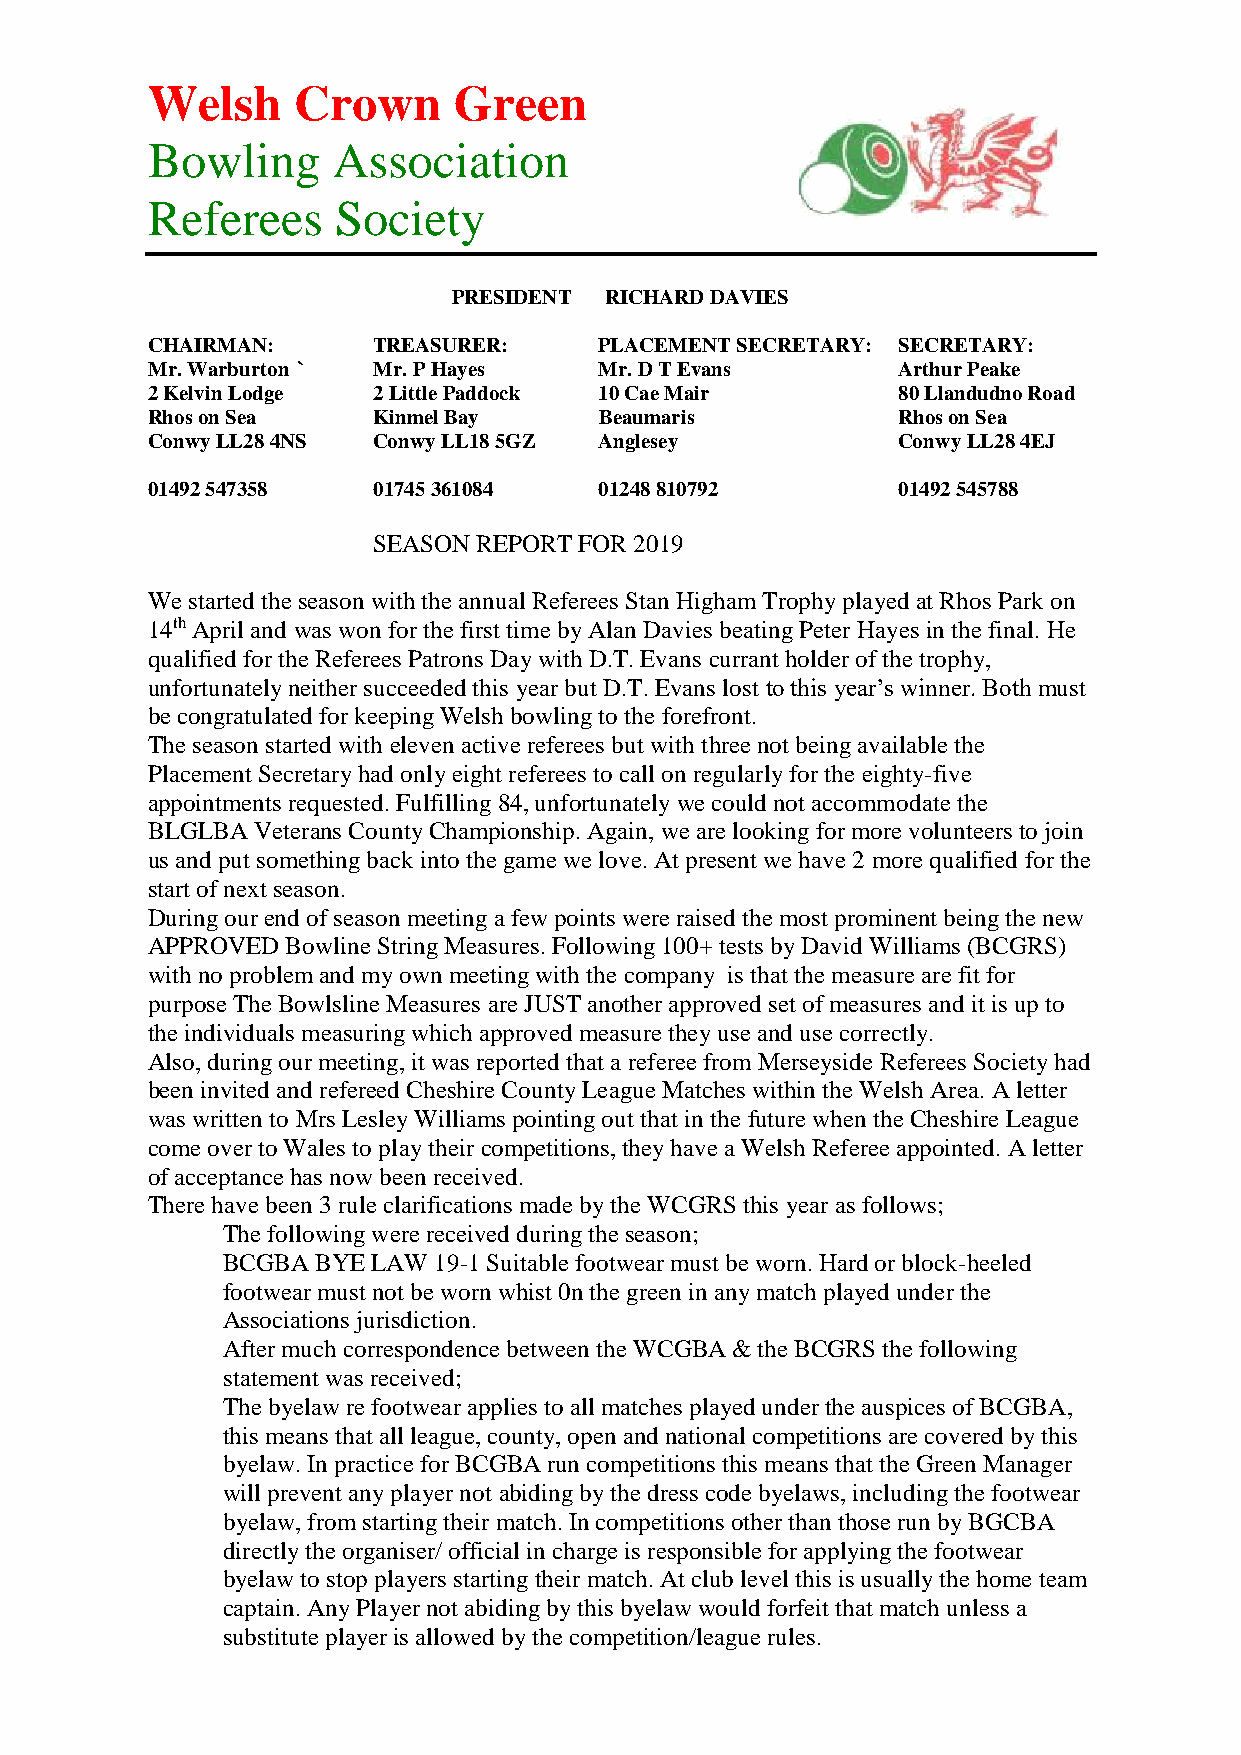
Welsh    Crown      Green
 Bowling     Association
 Referees    Society
 PRESIDENT RICHARD DAVIES
 CHAIRMAN:      TREASURER:     PLACEMENT SECRETARY: SECRETARY:
 Mr. Warburton ` Mr. P Hayes   Mr. D T Evans      Arthur Peake
 2 Kelvin Lodge 2 Little Paddock 10 Cae Mair      80 Llandudno Road
 Rhos on Sea    Kinmel Bay     Beaumaris          Rhos on Sea
 Conwy LL28 4NS Conwy LL18 5GZ Anglesey           Conwy LL28 4EJ
 01492 547358   01745 361084   01248 810792       01492 545788
 SEASON REPORT FOR 2019
 We started the season with the annual Referees Stan Higham Trophy played at Rhos Park on
 14th April and was won for the first time by Alan Davies beating Peter Hayes in the final. He
 qualified for the Referees Patrons Day with D.T. Evans currant holder of the trophy,
 unfortunately neither succeeded this year but D.T. Evans lost to this year’s winner. Both must
 be congratulated for keeping Welsh bowling to the forefront.
 The season started with eleven active referees but with three not being available the
 Placement Secretary had only eight referees to call on regularly for the eighty-five
 appointments requested. Fulfilling 84, unfortunately we could not accommodate the
 BLGLBA Veterans County Championship. Again, we are looking for more volunteers to join
 us and put something back into the game we love. At present we have 2 more qualified for the
 start of next season.
 During our end of season meeting a few points were raised the most prominent being the new
 APPROVED Bowline String Measures. Following 100+ tests by David Williams (BCGRS)
 with no problem and my own meeting with the company is that the measure are fit for
 purpose The Bowlsline Measures are JUST another approved set of measures and it is up to
 the individuals measuring which approved measure they use and use correctly.
 Also, during our meeting, it was reported that a referee from Merseyside Referees Society had
 been invited and refereed Cheshire County League Matches within the Welsh Area. A letter
 was written to Mrs Lesley Williams pointing out that in the future when the Cheshire League
 come over to Wales to play their competitions, they have a Welsh Referee appointed. A letter
 of acceptance has now been received.
 There have been 3 rule clarifications made by the WCGRS this year as follows;
 The following were received during the season;
 BCGBA BYE LAW 19-1 Suitable footwear must be worn. Hard or block-heeled
 footwear must not be worn whist 0n the green in any match played under the
 Associations jurisdiction.
 After much correspondence between the WCGBA & the BCGRS the following
 statement was received;
 The byelaw re footwear applies to all matches played under the auspices of BCGBA,
 this means that all league, county, open and national competitions are covered by this
 byelaw. In practice for BCGBA run competitions this means that the Green Manager
 will prevent any player not abiding by the dress code byelaws, including the footwear
 byelaw, from starting their match. In competitions other than those run by BGCBA
 directly the organiser/ official in charge is responsible for applying the footwear
 byelaw to stop players starting their match. At club level this is usually the home team
 captain. Any Player not abiding by this byelaw would forfeit that match unless a
 substitute player is allowed by the competition/league rules.